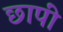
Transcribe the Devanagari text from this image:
छापीं